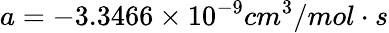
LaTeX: a=-3.3466\times 10^{-9}cm^{3}/mol\cdot s